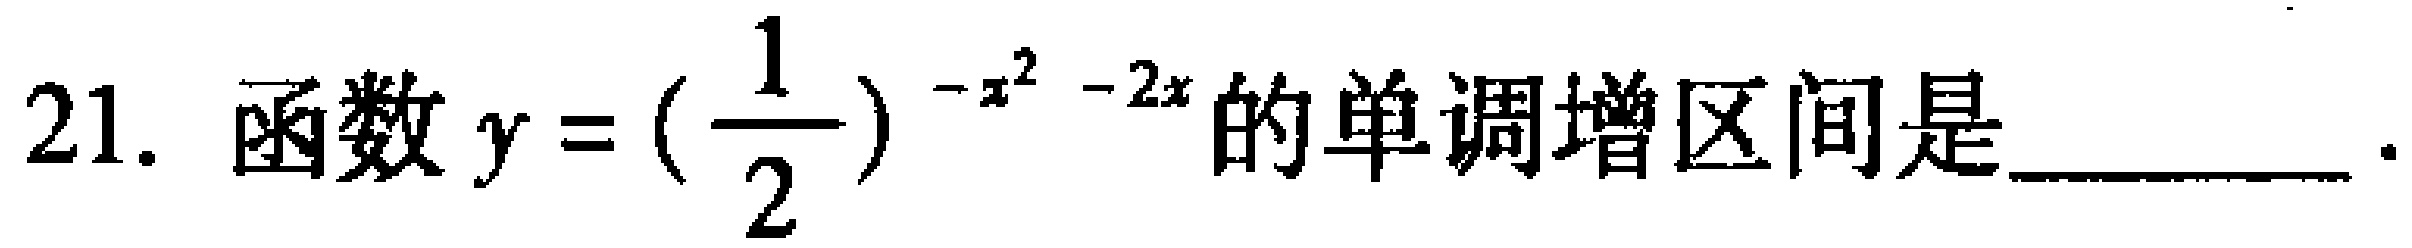
21. 函数\(y = (\frac{1}{2})^{-x^{2}-2x}\)的单调增区间是  ．